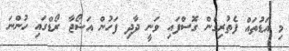
މި އަޑުތައް ފެތުރިގެން ގޮސްފައި ވަނީ ދާދި ފަހުން އަޝޯޖާ ރޯޑްގައި ހުންނަ